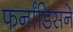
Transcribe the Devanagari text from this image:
फर्नांडिसने